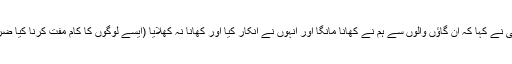
سیدنا موسیٰؑ نے کہا کہ ان گاؤں والوں سے ہم نے کھانا مانگا اور انہوں نے انکار کیا اور کھانا نہ کھلایا (ایسے لوگوں کا کام مفت کرنا کیا ضروری تھا؟